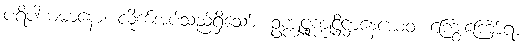
ပရိပါယမာနော၊ လိုက်အပ်သည်ရှိသော်။ ဥက္ကုဋ္ဌုက္ကုဋ္ဌိဋ္ဌာနေယေဝ၊ ကြွေးကြော်ရာ